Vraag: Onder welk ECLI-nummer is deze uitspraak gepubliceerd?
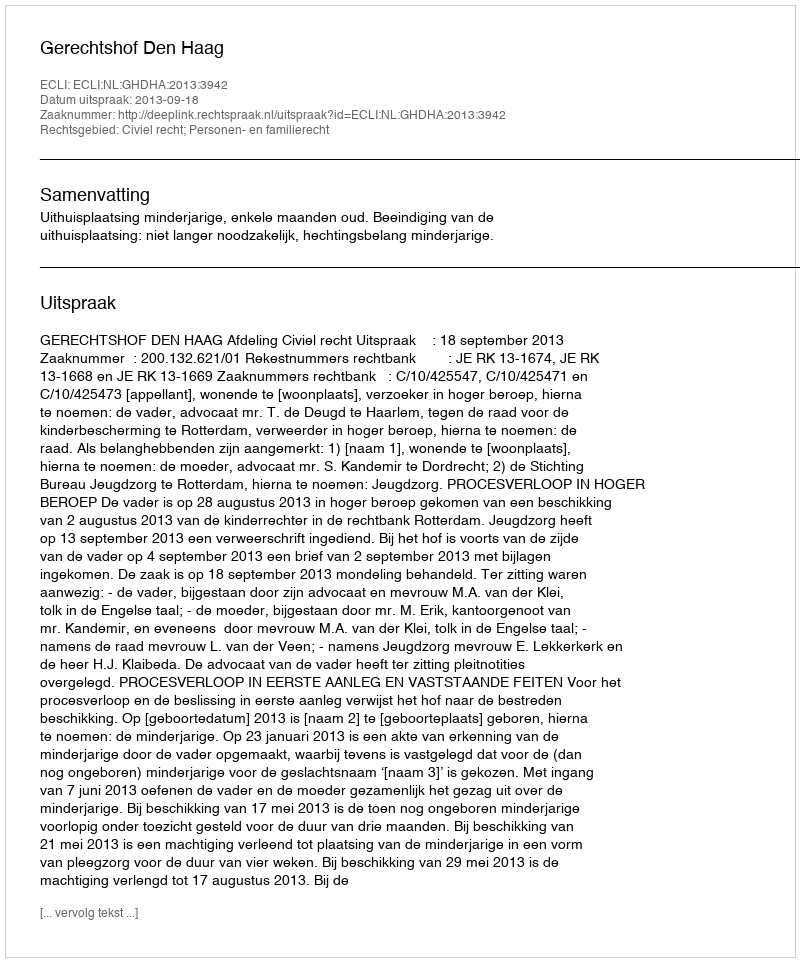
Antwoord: ECLI:NL:GHDHA:2013:3942